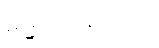
ဓမ္မသေနာပတိ